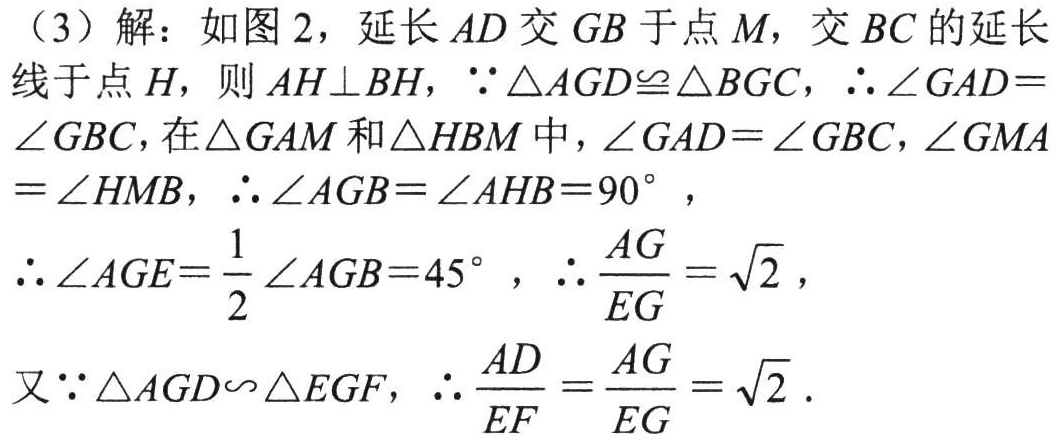
（3）解：如图2，延长\(AD\)交\(GB\)于点\(M\)，交\(BC\)的延长线于点\(H\)，则\(AH\perp BH\)，\(\because\triangle AGD\cong\triangle BGC\)，\(\therefore\angle GAD = \angle GBC\)，在\(\triangle GAM\)和\(\triangle HBM\)中，\(\angle GAD=\angle GBC\)，\(\angle GMA=\angle HMB\)，\(\therefore\angle AGB=\angle AHB = 90^{\circ}\)，
\(\therefore\angle AGE=\frac{1}{2}\angle AGB = 45^{\circ}\)，\(\therefore\frac{AG}{EG}=\sqrt{2}\)，
又\(\because\triangle AGD\backsim\triangle EGF\)，\(\therefore\frac{AD}{EF}=\frac{AG}{EG}=\sqrt{2}\)．